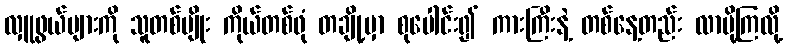
လှူဖွယ်များကို သူတစ်မျိုး ကိုယ်တစ်ဖုံ တချို့မှာ စုပေါင်း၍ ကားကြီးနဲ့ တစ်နေ့တည်း လာပို့ကြလို့